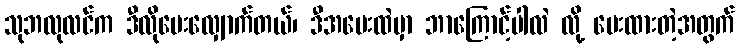
သုဘလုလင်က ဒီလိုမေးလျှောက်တယ်၊ ဒီအမေးထဲမှာ ဘာကြောင့်ပါလဲ လို့ မေးထားတဲ့အတွက်